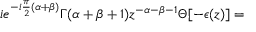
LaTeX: i e ^ { - i \frac { \pi } { 2 } ( \alpha + \beta ) } \Gamma ( \alpha + \beta + 1 ) z ^ { - \alpha - \beta - 1 } \Theta [ - \epsilon ( z ) ] =